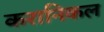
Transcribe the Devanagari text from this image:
करानिकल